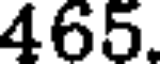
465.